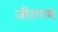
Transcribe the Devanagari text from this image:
जीरागम